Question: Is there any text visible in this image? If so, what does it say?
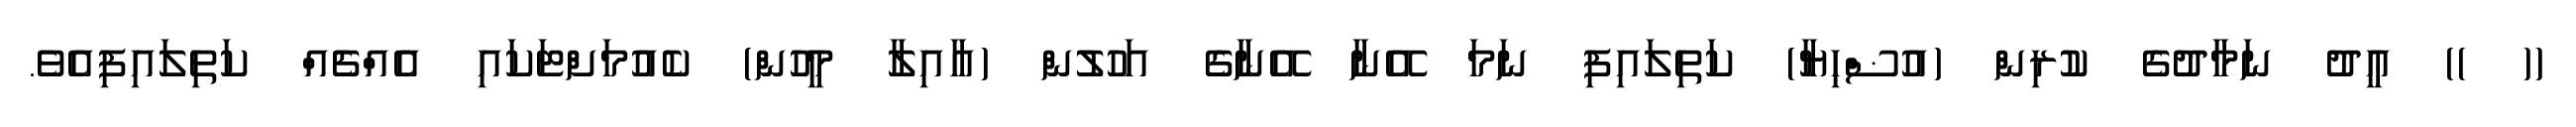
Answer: (( )) ޢީދު ނަމާދުގެ ކުރިން (އުޟްޙިޔާ) ކަތިލައިފި ނަމަ އޭނާ އޭނާގެ އަހުލުން (އާއިލާ މީހުން) ކެއުމަށްޓަކައި އެއްޗެއް ކަތިލައިފިއެވެ.